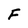
Character: F